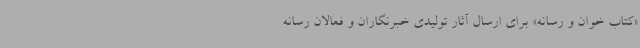
«کتاب خوان و رسانه» برای ارسال آثار تولیدی خبرنگاران و فعالان رسانه